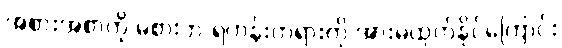
အစားအစာကို မစားဘဲ ရဟန်းတရားကို အားမထုတ်နိုင်ကြောင်း